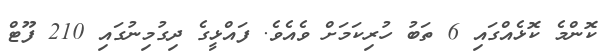
ކޮންމެ ކޮޅެއްގައި 6 ތަބު ހުރިކަމަށް ވެއެވެ. ފައްޅީގެ ދިގުމިނުގައި 210 ފޫޓް